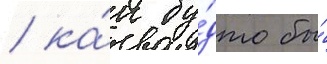
/ ка́к бу́дто бы́